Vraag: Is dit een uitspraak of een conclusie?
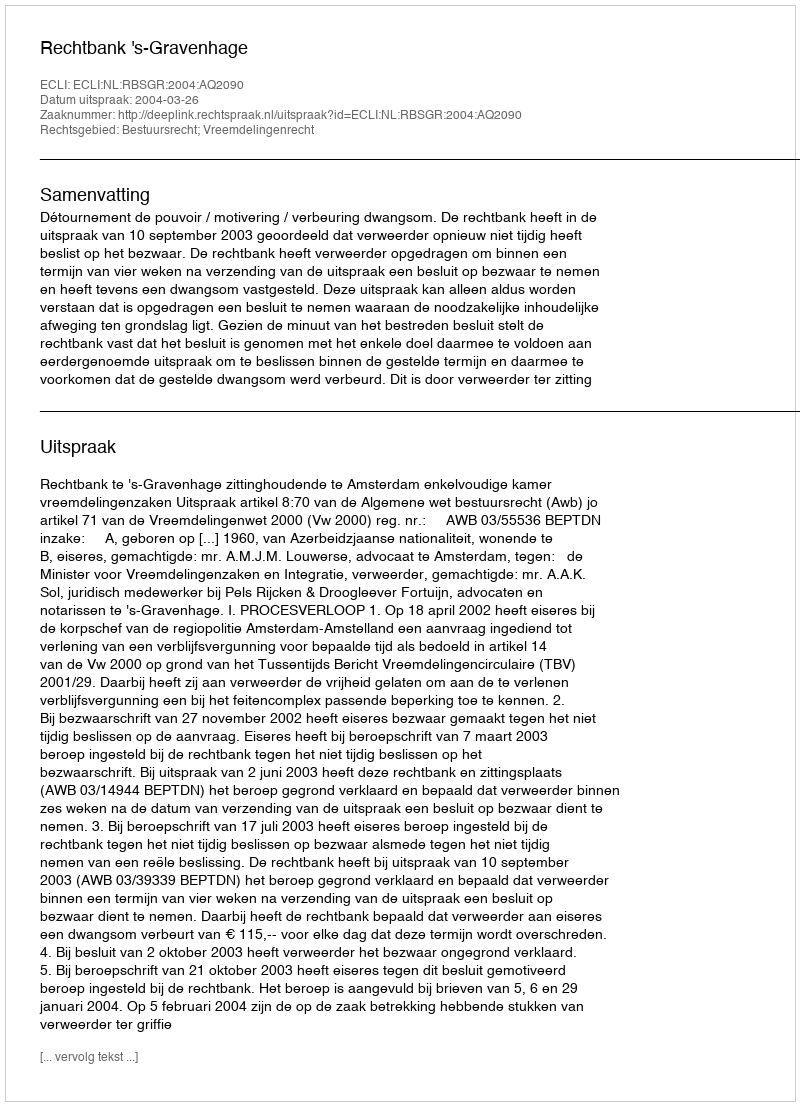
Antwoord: Uitspraak